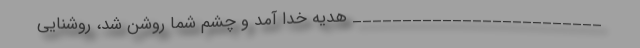
_________________________ هدیه خدا آمد و چشم شما روشن شد، روشنایی